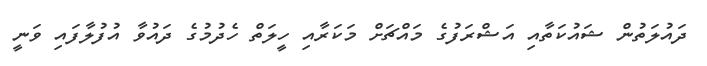
ދައުލަތުން ޝައުކަތާއި އަޝްރަފުގެ މައްޗަށް މަކަރާއި ހީލަތް ހެދުމުގެ ދައުވާ އުފުލާފައި ވަނީ